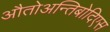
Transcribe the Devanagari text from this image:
औतोअन्तिबोदिएस